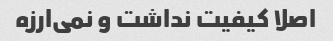
اصلا کیفیت نداشت و نمی‌ارزه